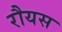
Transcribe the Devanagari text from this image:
रौयस